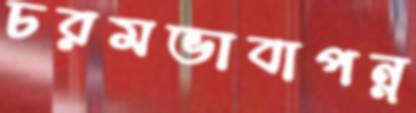
চরমভাবাপন্ন